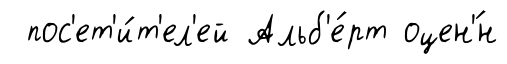
пос'ет'и́т'ел'ей Альб'е́рт оцен'́н